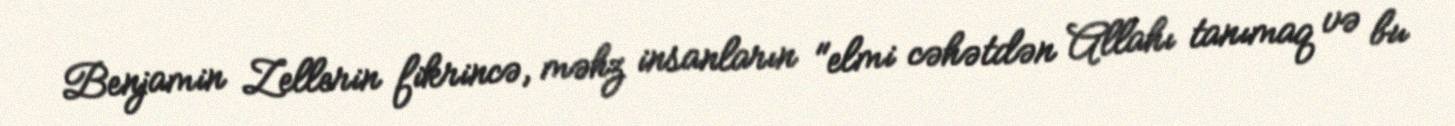
Benjamin Zellerin fikrincə, məhz insanların "elmi cəhətdən Allahı tanımaq və bu